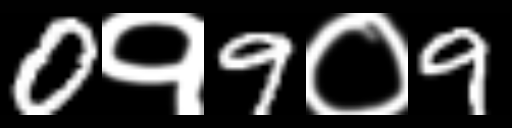
Text: 0१9०9